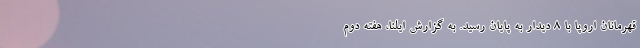
قهرمانان اروپا با ۸ دیدار به پایان رسید. به گزارش ایلنا، هفته دوم